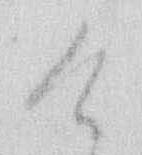
け